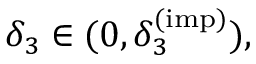
\delta _ { 3 } \in ( 0 , \delta _ { 3 } ^ { ( \mathrm { i m p } ) } ) ,